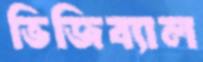
ভিজিব্যাল